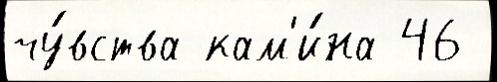
чу́вства кам'и́на 46